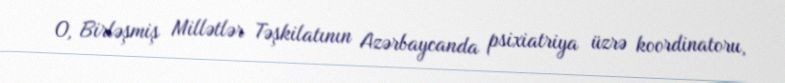
O, Birləşmiş Millətlər Təşkilatının Azərbaycanda psixiatriya üzrə koordinatoru,